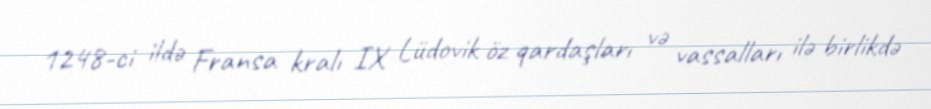
1248-ci ildə Fransa kralı IX Lüdovik öz qardaşları və vassalları ilə birlikdə